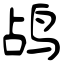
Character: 鸬